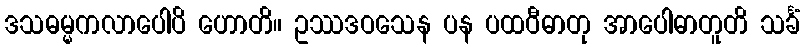
ဒသဓမ္မကလာပေါပိ ဟောတိ။ ဥဿဒဝသေန ပန ပထဝီဓာတု အာပေါဓာတူတိ သင်္ခံ